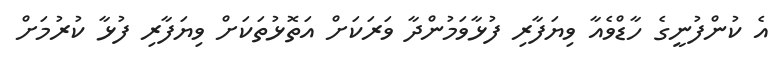
އެ ކުންފުނީގެ ހާޑްވެއާ ވިޔަފާރި ފުޅާވަމުންދާ ވަރަކަށް އަތޮޅުތަކަށް ވިޔަފާރި ފުޅާ ކުރުމަށް